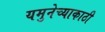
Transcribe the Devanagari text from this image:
यमुनेच्याकाठी